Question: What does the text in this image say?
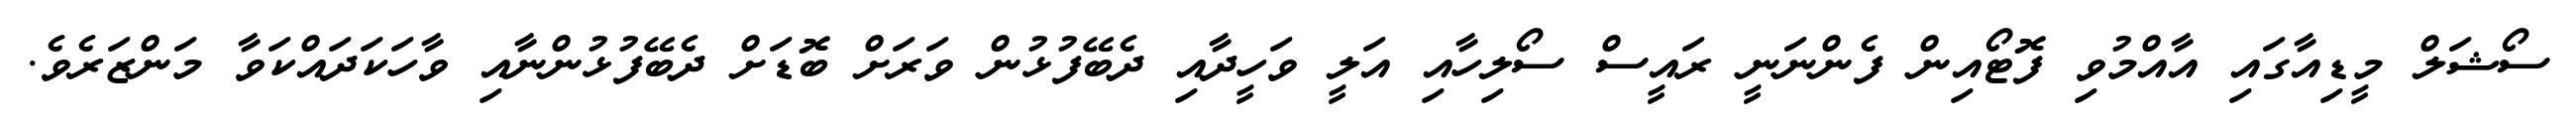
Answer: ސޯޝަލް މީޑިއާގައި އާއްމުވި ފޮޓޯއިން ފެންނަނީ ރައީސް ސޯލިހާއި އަލީ ވަހީދާއި ދެބޭފުޅުން ވަރަށް ބޮޑަށް ދެބޭފުޅުންނާއި ވާހަކަދައްކަވާ މަންޒަރެވެ.